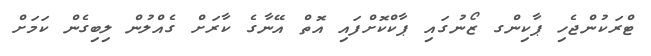
ޓްރަކުންޖެހި ޕާކިންގ ޒޯނުގައި ޕާކްކޮށްފައި އޮތް އޭނާގެ ކާރަށް ގެއްލުން ލިބިގެން ކަމަށް